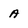
Character: a